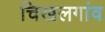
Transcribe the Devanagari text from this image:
चिखलगांव